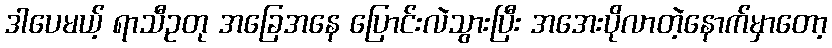
ဒါပေမယ့် ရာသီဥတု အခြေအနေ ပြောင်းလဲသွားပြီး အအေးပိုလာတဲ့နောက်မှာတော့